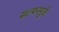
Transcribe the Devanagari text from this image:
सल्फरमुळे